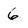
Character: 6